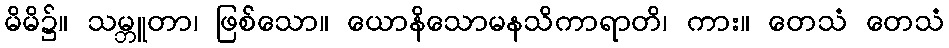
မိမိ၌။ သမ္ဘူတာ၊ ဖြစ်သော။ ယောနိသောမနသိကာရာတိ၊ ကား။ တေသံ တေသံ